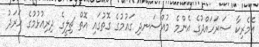
އެމެރިކާ ސަރަހައްދުގެ އެންމެ މުއްސަނދި ގައުމުގެ ގޮތުގައި އޮތް ޗިލީގެ ދިރިއުޅުމުގެ ހަރަދު